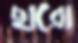
ছারো